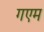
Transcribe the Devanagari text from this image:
गएम